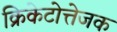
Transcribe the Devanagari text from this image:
क्रिकेटोत्तेजक